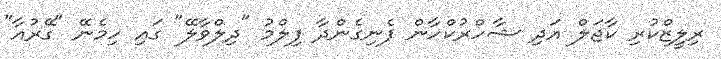
ރިލީޒްކުރި ކާޖަލް އަދި ޝާހްރުކްހާން ފެނިގެންދާ ފިލްމު "ދިލްވާލޭ" ގައި ހިމެނޭ "ގޭރުއާ"